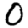
Digit: 0